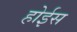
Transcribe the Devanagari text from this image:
होईस